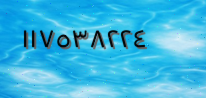
١١٧٥٣٨٢٢٤